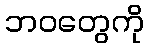
ဘဝတွေကို